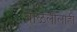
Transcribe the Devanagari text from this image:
बाळलीलाही